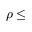
\rho \leq